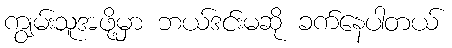
ကျွမ်းသူအဖို့မှာ ဘယ်ဒင်းမဆို ခက်နေပါတယ်